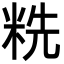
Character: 䊁